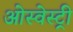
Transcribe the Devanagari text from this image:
ओस्वेस्ट्री